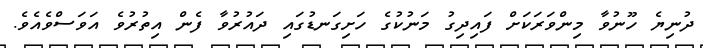
ދުނިޔެ ހޫނުވާ މިންވަރަކަށް ފައިދިގު މަނުކުގެ ހަށިގަނޑުގައި ދައުރުވާ ފެން އިތުރުވެ އަވަސްވެއެވެ.